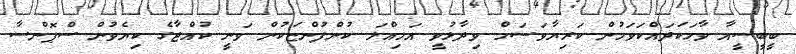
ބީބީސީއާ ވާހަކަދައްކަވަމުން ކަރިޔާވަސަމް ވިދާޅުވީ އަމިއްލަ ކުންފުންޏަކުން ވަނީ ކުއްޖާގެ ކިޔެވުން ސްޕޮންސާ